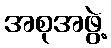
အစုအဖွဲ့